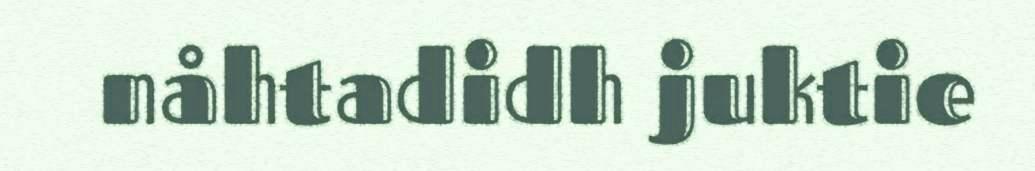
nåhtadidh juktie